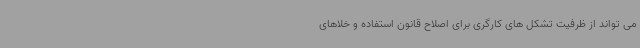
می تواند از ظرفیت تشکل های کارگری برای اصلاح قانون استفاده و خلاهای